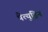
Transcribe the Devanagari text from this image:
पैत्युड्रिन